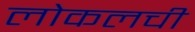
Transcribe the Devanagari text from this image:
लोकलची